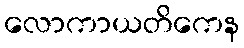
လောကာယတိကေန